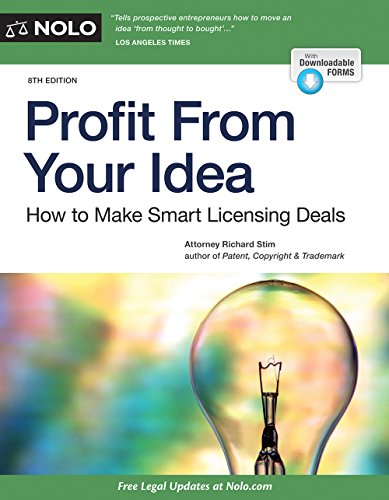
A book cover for Profit From Your Idea: How to Make Smart Licensing Deals; Richard Stim Attorney; Law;